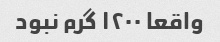
واقعا ۱۲۰۰ گرم نبود